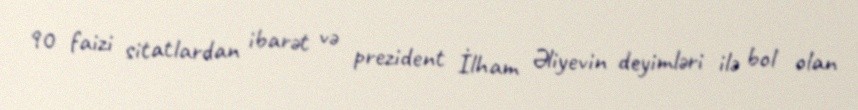
90 faizi sitatlardan ibarət və prezident İlham Əliyevin deyimləri ilə bol olan